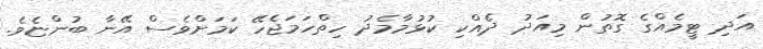
އަދި ޓީމެއްގެ ގޮތުން މިއަދު ދެއްކި ކުޅުމާމެދު ހިތްހަމަޖެހޭ ކަމަށްވެސް އޭނާ ބުންޏެވެ.